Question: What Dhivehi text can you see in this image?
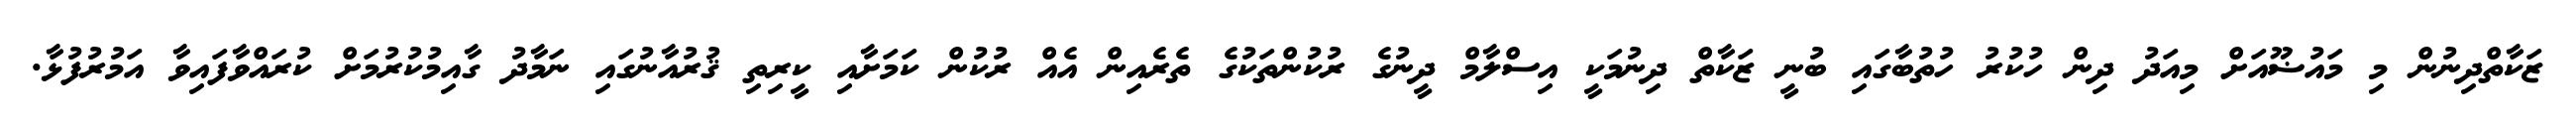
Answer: ޒަކާތްދިނުން މި މައުޟޫއަށް މިއަދު ދިން ހުކުރު ހުތުބާގައި ބުނީ ޒަކާތް ދިނުމަކީ އިސްލާމް ދީނުގެ ރުކުންތަކުގެ ތެރެއިން އެއް ރުކުން ކަމަށާއި ކީރިތި ޤުރުއާނުގައި ނަމާދު ގާއިމުކުރުމަށް ކުރައްވާފައިވާ އަމުރުފުޅާ.